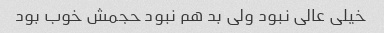
خیلی عالی نبود ولی بد هم نبود حجمش خوب بود